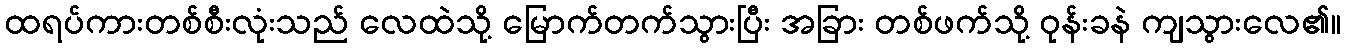
ထရပ်ကားတစ်စီးလုံးသည် လေထဲသို့ မြောက်တက်သွားပြီး အခြား တစ်ဖက်သို့ ဝုန်းခနဲ ကျသွားလေ၏။